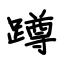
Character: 蹲